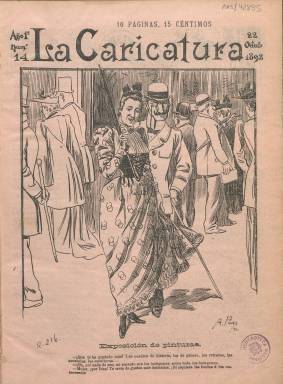
Título: La Caricatura (Madrid. 1892)
Colección: Revistas satíricas y humorísticas
Ámbito geográfico: Madrid
Lugar de publicación: Madrid
Fechas: 22/10/1892-12/11/1893

Revista semanal ilustrada de carácter humorístico y festivo, “obra de una bien conjuntada pareja de excelentes periodistas” (Gómez Aparicio: 1971), formada por el dibujante Ángel Gutiérrez Pons, como director artístico, y, el también dramaturgo, Francisco Serrano de la Pedrosa (-1926), como responsable literario. El primero sintetizó su firma en A. Pons, no sólo en ésta sino en otras revistas satíricas y en los diarios donde colaboró, mientras que el segundo utilizará también el seudónimo Cabezudo. La Caricatura hizo su primera entrega el siete de mayo de 1892, y la última es la número 69, correspondiente al doce de noviembre de 1893, por lo que su existencia se redujo prácticamente a un año y medio. A juicio de Gómez Aparicio, “su desenfado, siempre dentro de un cuidadoso apoliticismo”, inundará muchas veces los terrenos de “una audaz picardía”, aspecto este que se observa no sólo en algún texto sino especialmente en las figuras femeninas que aparecerán dibujadas “ligeras de ropa”.

A partir del 22 de octubre, con el número 14 (con el que también comienza la colección de la Biblioteca Nacional de España), multiplica sus páginas, de cuatro a dieciséis, al tiempo que reduce su tamaño y las columnas disminuyen de cuatro a tres. También irá variando su diseño, incluido el de su cabecera, y a partir del primero de octubre de 1893 (número 63), vuelve a reducir su formato y el número de columnas de sus páginas (ahora compuestas a una o dos). Aunque su primera etapa estuvo casi exclusivamente dedicada al grafismo y a la inserción de breves artículos humorísticos y satíricos, a partir del citado número 14 aumenta la parte literaria con unos textos que, a juicio de Celma Varelo (1991), resultan “intrascendentes”, siendo el propósito de la revista el de “entretener y divertir”. Durante el mes de mayo de 1893 (números 42 a 45) las entregas son de mayor paginación, entre la veintena y las 36.

Aun así, tanto en la citada entrega 14 (en la que aparecerá ya indicado Ángel Pons como director artístico) como en la siguiente da cuenta de una larga lista de más de una treintena de colaboradores literarios, entre los que se encuentran Leopoldo Alas (Clarín), Mariano de Cavia, Sinesio Delgado, Joaquín Dicenta, José María Esbrí, José Estrañi, José Estremera, José Francos Rodríguez, Manuel Matóses, José Ortega Munilla, Eduardo y Manuel de Palacio, Jacinto Octavio Picón, Salvador Rueda, Antonio Sánchez Pérez, Luis Taboada o Pedro Bofill.

La revista empezó saliendo los sábados y después los domingos, estampada en la litografía de Méndez y en la imprenta de Enrique F. de Rojas, apareciendo indicado como administrador Ramón Millet. En su número 54, de 30 de julio de 1893, se señala como sus propietarios y editores a los de la madrileña imprenta y litografía Aleu y Compañía, a partir del cual se produce un nuevo cambio en la revista y comienzan a aparecer las firmas de jóvenes escritores como nuevos colaboradores, entre los que se encuentran Enrique Paradas, Miguel Sawa, Leopoldo Cano, Pedro Barrantes o Manuel Machado, apareciendo también dibujos de A. Abreu (A.A.). Otros seudónimos que firmarán sus textos son Varapalos o Palmerín de Oliva.

Los contenidos de cada entrega se reparten casi a partes iguales entre decenas de fotograbados (chistes gráficos, caricaturas, tiras o historietas cómicas, con sus correspondientes pies), cuya autoría corresponde casi en su totalidad a A. Pons, y a veces a Rojas (que firma también con la inicial R.), y los textos (artículos, relatos o poemas), algunos de cuyos contenidos van insertos en secciones propias. Así, en la sección Los nombres del día, Pons dibuja retratos de personajes célebres; en la sección Humoristas se reproducen poemas o breves narraciones de carácter sarcástico de autores clásicos; bajo el epígrafe La semana, se publican comentarios sobre la actualidad, firmados por Serrano de la Pedrosa, Eduardo de Palacio o más adelante bajo el seudónimo Tablante de Ricamonte, que Domingo Paniagua atribuirá a los hermanos Manuel y Antonio Machado. El primero usará también el de Polilla y, el segundo, el de A. Cabellera. Estos textos serían pues las primeras colaboraciones en prensa de ambos literatos. Asimismo, se publican unas Gacetillas teatrales y artículos que podrían calificarse de fondo, de Andrés Mellado, Silverio Lanza o el citado Ortega Munilla, textos estos de crítica de costumbres, de tipos o de instituciones, como también lo son los que publica Clarín en la sección Paliques. Asimismo, incluirá textos traducidos de creación literaria, como son unos cuentos franceses. Cuenta también con abundante publicidad comercial en su última plana, introduciendo los anuncios en verso. Cuando Pons es nombrado director artístico de La Correspondencia de España (1859-1925) la revista deja de publicarse. Con este mismo título –La Caricatura– el dibujante Eduardo Sáenz Hermúa (Mecachis) había dirigido previamente, entre 1884-1887, otro semanario igualmente humorístico, que también forma parte de la colección de la Biblioteca Nacional de España.